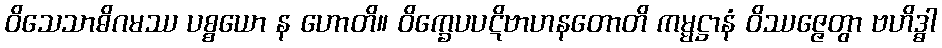
ဝိသေသာဓိဂမဿ ပစ္စယော န ဟောတိ။ ဝိက္ခေပပဋိဗာဟနတောတိ ကမ္မဋ္ဌာနံ ဝိဿဇ္ဇေတွာ ဗဟိဒ္ဓါ